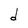
Character: F